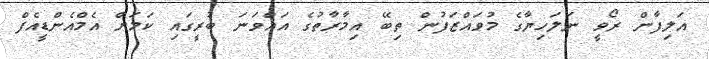
އަލިފާން ރޯވީ ނަލަހިޔާގެ މުވައްޒަފުން ތިބޭ އިމާރާތުގެ އައްވަނަ ބުރީގައި ކަމަށް އެމްއެންޑީއެފް